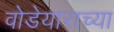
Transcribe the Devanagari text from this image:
वोडेयाराच्या